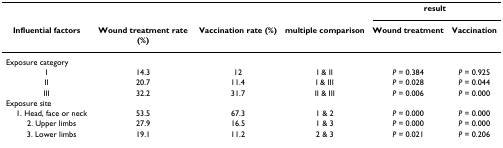
|  |  |  |  | <COLSPAN=2> result |
 | Influential factors | Wound treatment rate (%) | Vaccination rate (%) | multiple comparison | Wound treatment | Vaccination |
 | --- | --- | --- | --- | --- | --- |
 | Exposure category |  |  |  |  |  |
 | I | 14.3 | 12 | I & II | P = 0.384 | P = 0.925 |
 | II | 20.7 | 11.4 | I & III | P = 0.028 | P = 0.044 |
 | III | 32.2 | 31.7 | II & III | P = 0.006 | P = 0.000 |
 | Exposure site |  |  |  |  |  |
 | 1. Head, face or neck | 53.5 | 67.3 | 1 & 2 | P = 0.000 | P = 0.000 |
 | 2. Upper limbs | 27.9 | 16.5 | 1 & 3 | P = 0.000 | P = 0.000 |
 | 3. Lower limbs | 19.1 | 11.2 | 2 & 3 | P = 0.021 | P = 0.206 |